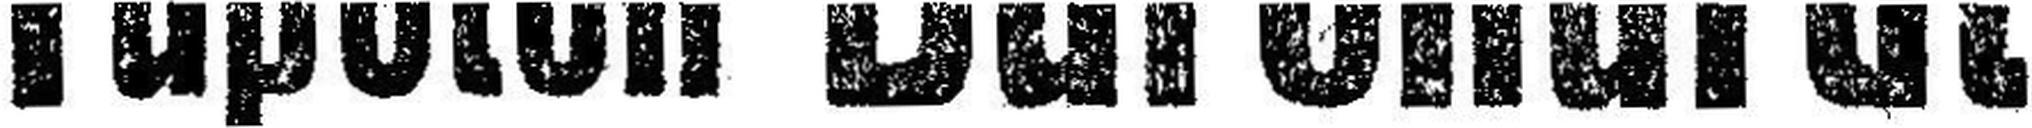
Tapeten Burchardt